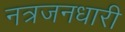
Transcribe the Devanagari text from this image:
नत्रजनधारी